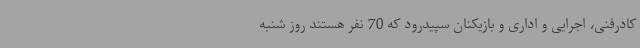
کادرفنی، اجرایی و اداری و بازیکنان سپیدرود که 70 نفر هستند روز شنبه